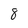
Character: 8